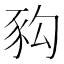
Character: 𧰴